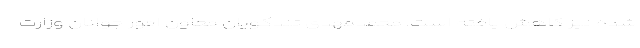
شده نیز کاهش یافته است. محمدمهدی تندگویان معاون امور جوانان وزارت